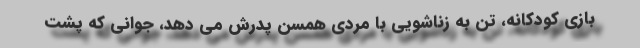
بازی کودکانه، تن به زناشویی با مردی همسن پدرش می دهد، جوانی که پشت